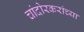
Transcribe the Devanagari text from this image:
चांदोरकरांच्या